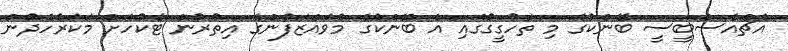
އެޗްއެސްބީސީ ބޭންކުގެ މި ތަހުގީގުގައި އެ ބޭންކުގެ މުވައްޒަފުންގެ އިތުރުން ޓެކުހަށް މަކަރުހެދުން